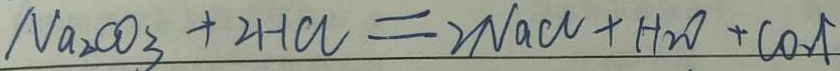
N a _ { 2 } C O _ { 3 } + 2 H C l = 2 N a C l + H _ { 2 } O + C O _ { 2 } \uparrow